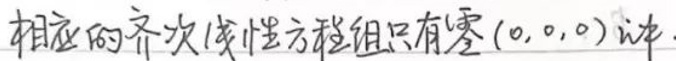
相应的齐次线性方程组只有零(0,0,0)解.